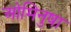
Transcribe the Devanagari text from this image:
ओमिनुषा